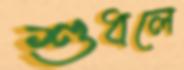
শুধলে